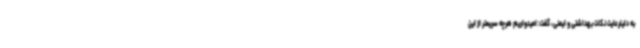
به دلیلرعایت نکات بهداشتی و ایمنی، گفت: امیدواریم هرچه سریعتر از این